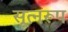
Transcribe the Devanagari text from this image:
सूत्नरूप